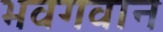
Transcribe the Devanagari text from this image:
भवगवान